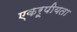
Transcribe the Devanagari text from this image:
एकरूपीयता